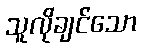
သူလိုချင်သော